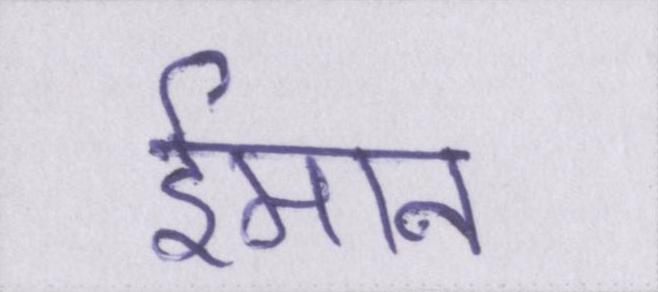
ईमान